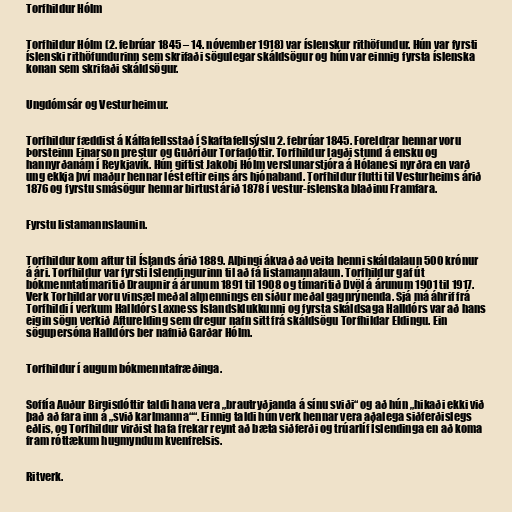
Torfhildur Hólm

Torfhildur Hólm (2. febrúar 1845 – 14. nóvember 1918) var íslenskur rithöfundur. Hún var fyrsti
íslenski rithöfundurinn sem skrifaði sögulegar skáldsögur og hún var einnig fyrsta íslenska
konan sem skrifaði skáldsögur.

Ungdómsár og Vesturheimur.

Torfhildur fæddist á Kálfafellsstað í Skaftafellsýslu 2. febrúar 1845. Foreldrar hennar voru
Þorsteinn Einarson prestur og Guðríður Torfadóttir. Torfhildur lagði stund á ensku og
hannyrðanám í Reykjavík. Hún giftist Jakobi Hólm verslunarstjóra á Hólanesi nyrðra en varð
ung ekkja því maður hennar lést eftir eins árs hjónaband. Torfhildur flutti til Vesturheims árið
1876 og fyrstu smásögur hennar birtust árið 1878 í vestur-íslenska blaðinu Framfara.

Fyrstu listamannslaunin.

Torfhildur kom aftur til Íslands árið 1889. Alþingi ákvað að veita henni skáldalaun 500 krónur
á ári. Torfhildur var fyrsti Íslendingurinn til að fá listamannalaun. Torfhildur gaf út
bókmenntatímaritið Draupnir á árunum 1891 til 1908 og tímaritið Dvöl á árunum 1901 til 1917.
Verk Torhildar voru vinsæl meðal almennings en síður meðal gagnrýnenda. Sjá má áhrif frá
Torfhildi í verkum Halldórs Laxness Íslandsklukkunni og fyrsta skáldsaga Halldórs var að hans
eigin sögn verkið Afturelding sem dregur nafn sitt frá skáldsögu Torfhildar Eldingu. Ein
sögupersóna Halldórs ber nafnið Garðar Hólm.

Torfhildur í augum bókmenntafræðinga.

Soffía Auður Birgisdóttir taldi hana vera „brautryðjanda á sínu sviði“ og að hún „hikaði ekki við
það að fara inn á „svið karlmanna““. Einnig taldi hún verk hennar vera aðalega siðferðislegs
eðlis, og Torfhildur virðist hafa frekar reynt að bæta siðferði og trúarlíf Íslendinga en að koma
fram róttækum hugmyndum kvenfrelsis.

Ritverk.